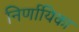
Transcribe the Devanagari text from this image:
निर्णायिका